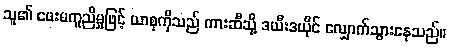
သူ၏ ဖေးမကူညီမှုဖြင့် ယာစုကိုသည် ကားဆီသို့ ဒယီးဒယိုင် လျှောက်သွားနေသည်။